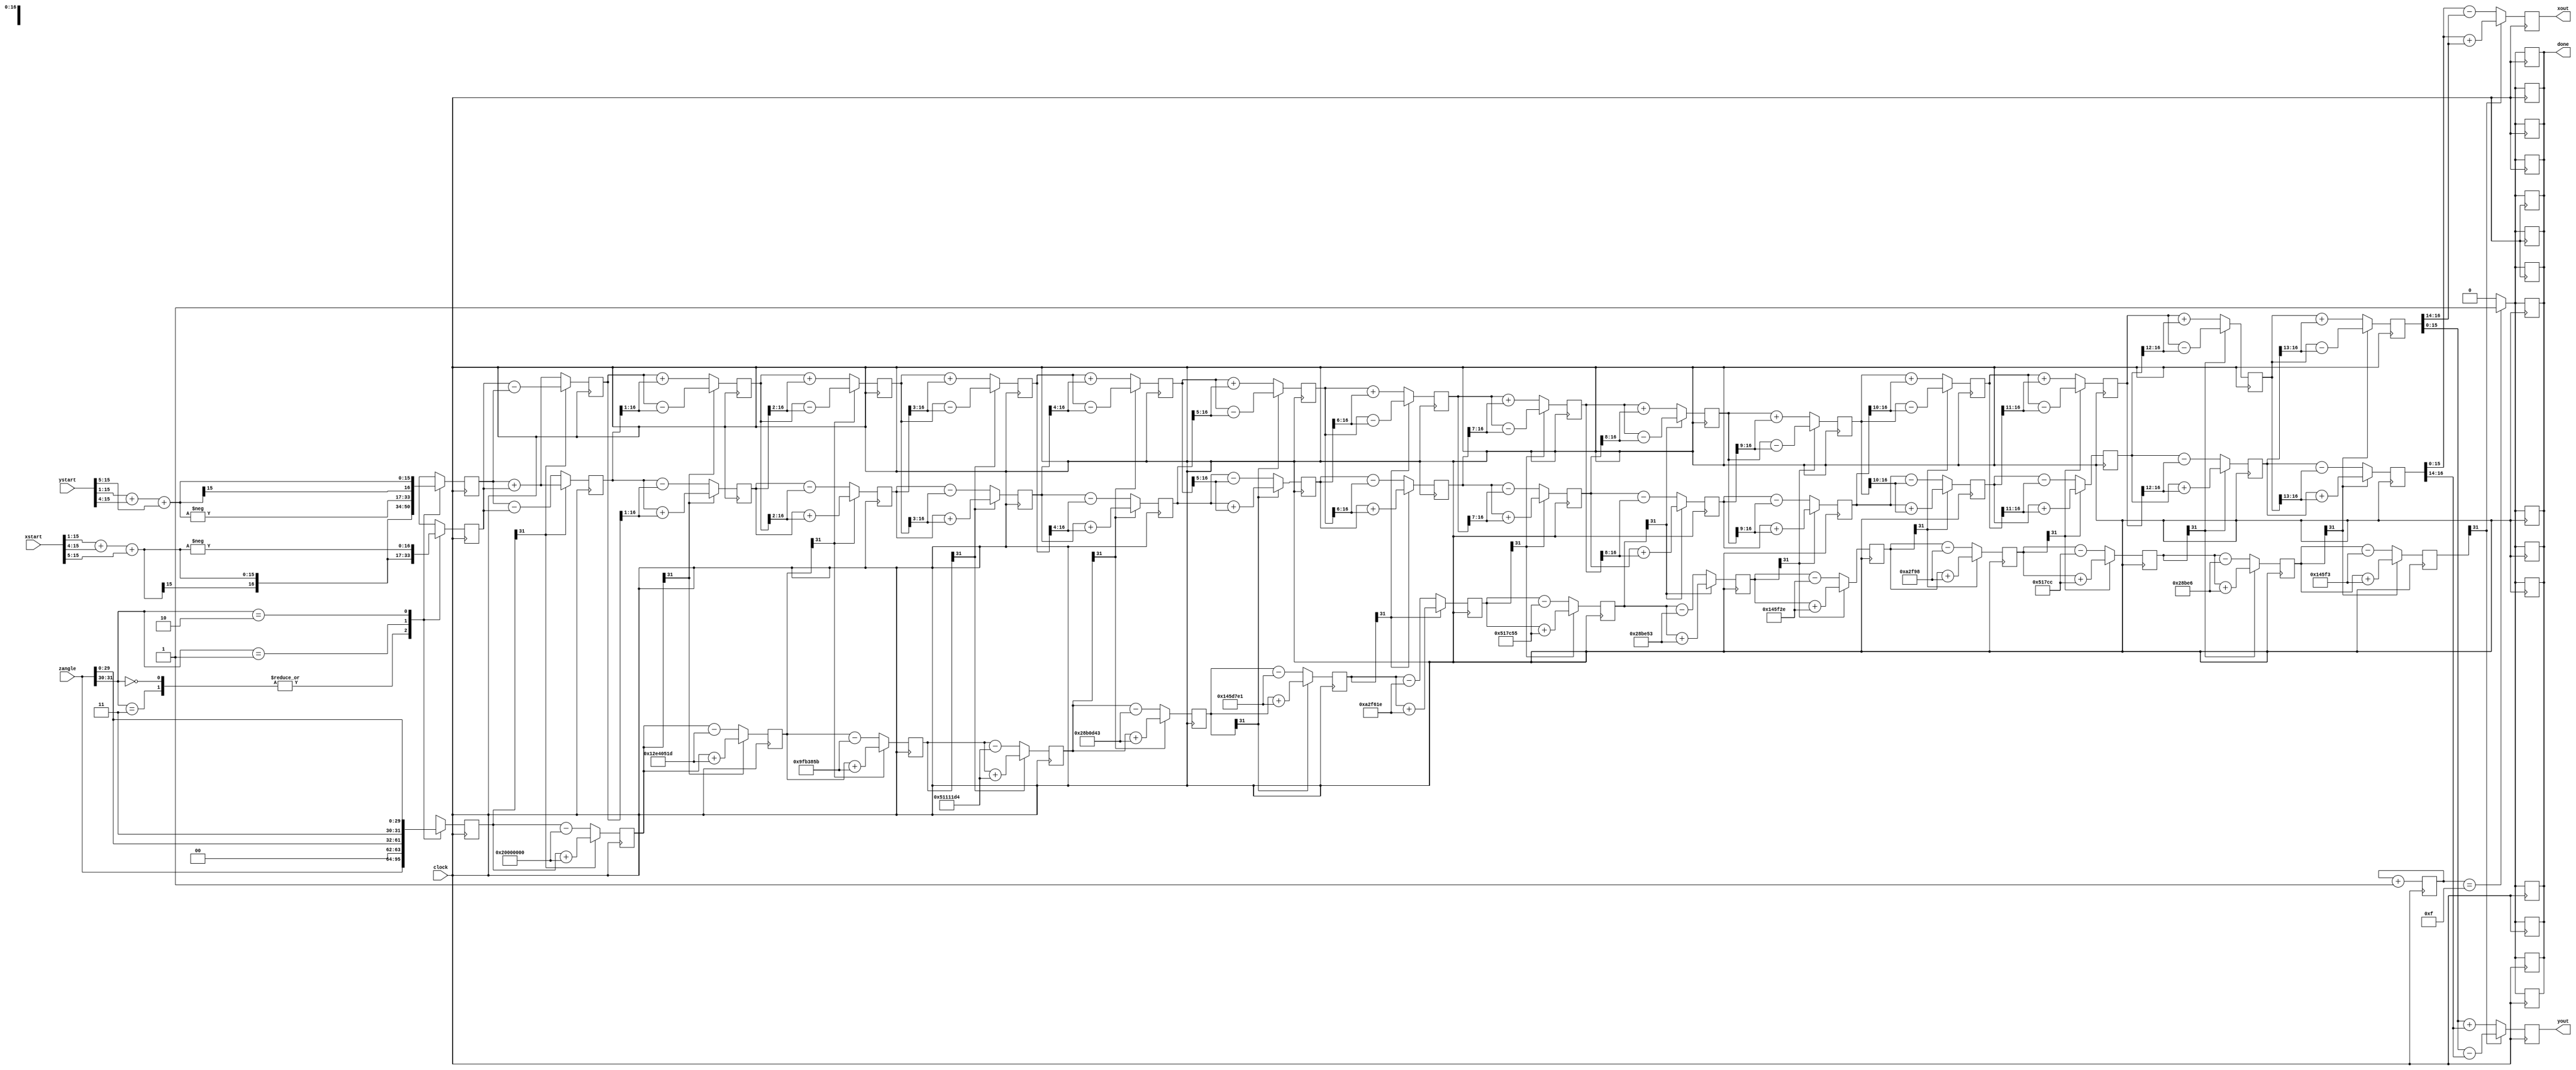
//Created on Mon Mar 15 14:37:51 2020
//@author: augustinjose
`timescale 1ns / 1ps
module cordic(
    input clock,
    input signed [15:0] xstart,
    input signed [15:0] ystart,
    input signed [31:0] zangle,
    output signed [15:0] xout,
    output signed [15:0] yout,
    output reg done
    );

reg znext;

wire signed [31:0] atan_table[0:15];


assign atan_table[00] = 'b00100000000000000000000000000000;
assign atan_table[01] = 'b00010010111001000000010100011101;
assign atan_table[02] = 'b00001001111110110011100001011011;
assign atan_table[03] = 'b00000101000100010001000111010100;
assign atan_table[04] = 'b00000010100010110000110101000011;
assign atan_table[05] = 'b00000001010001011101011111100001;
assign atan_table[06] = 'b00000000101000101111011000011110;
assign atan_table[07] = 'b00000000010100010111110001010101;
assign atan_table[08] = 'b00000000001010001011111001010011;
assign atan_table[09] = 'b00000000000101000101111100101110;
assign atan_table[10] = 'b00000000000010100010111110011000;
assign atan_table[11] = 'b00000000000001010001011111001100;
assign atan_table[12] = 'b00000000000000101000101111100110;
assign atan_table[13] = 'b00000000000000010100010111110011;
assign atan_table[14] = 'b00000000000000001010001011111001;
assign atan_table[15] = 'b00000000000000000101000101111100;

parameter width = 16;

reg signed [15:0] xcomp_start,ycomp_start;
reg [3:0] out = 4'b0000;


wire [1:0] quad;
assign quad = zangle[31:30];

reg signed [width:0] x [0:width-1];
reg signed [width:0] y [0:width-1];
reg signed [31:0] z [0:width-1];

always @(posedge clock)
begin

xcomp_start = (xstart>>>1)+(xstart>>>4)+(xstart>>>5);
ycomp_start = (ystart>>>1)+(ystart>>>4)+(ystart>>>5);

case(quad)
	2'b00,2'b11:
		begin		
		x[0] <= xcomp_start;
		y[0] <= ycomp_start;
		z[0] <= zangle;
		end
	2'b01:				
	begin
		x[0] <= -ycomp_start;
		y[0] <= xcomp_start;
		z[0] <= {2'b00,zangle[29:0]};
		end
	2'b10:				
	begin
		x[0] <= ycomp_start;			
		y[0] <= -xcomp_start;
		z[0] <= {2'b11,zangle[29:0]};
		end
		
endcase
end

genvar i;
generate
for (i=0;i<15;i=i+1)
begin: iterations

	wire signed [width:0] xshift, yshift;

	assign xshift = x[i] >>> i; 
	assign yshift = y[i] >>> i;

	always @(posedge clock)
		begin
		x[i+1] <= z[i][31] ? x[i]+ yshift:x[i]-yshift;
		y[i+1] <= z[i][31] ? y[i]-xshift:y[i]+xshift;
		z[i+1] <= z[i][31] ? z[i]+atan_table[i]:z[i]-atan_table[i];
        out <= out+1;
        if (out == 4'b1111)
        done = 'b1;
        else
        done = 'b0;

	end

end
endgenerate

assign xout = x[width-1];
assign yout = y[width-1];

endmodule